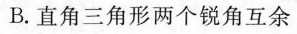
B.直角三角形两个锐角互余